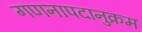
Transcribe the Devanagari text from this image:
गणनापदानुक्रम